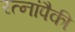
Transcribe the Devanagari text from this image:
रत्नांपैकी